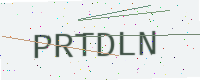
Text: PRTDLN